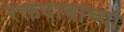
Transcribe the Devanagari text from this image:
रक्तदाबाच्या